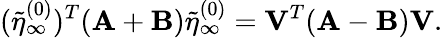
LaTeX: (\tilde{\eta}_{\infty}^{(0)})^{T}(\mathbf{A}+\mathbf{B})\tilde{\eta}_{\infty}^{(0)}=\mathbf{V}^{T}(\mathbf{A}-\mathbf{B})\mathbf{V}.